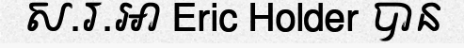
ស.រ.អា Eric Holder បាន